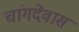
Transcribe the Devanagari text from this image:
चांगदेवास